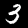
Label: 3